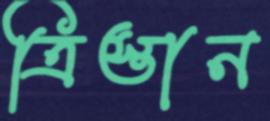
ত্রিস্তান